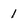
Character: 1